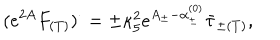
( e ^ { 2 A } F _ { ( T ) } ) ^ { \cdot } = \pm \kappa _ { 5 } ^ { 2 } e ^ { A _ { \pm } - \alpha _ { \pm } ^ { ( 0 ) } } \bar { \tau } _ { \pm ( T ) } ,